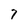
Character: 7